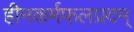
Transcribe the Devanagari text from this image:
हीनकर्मफलप्रदम्